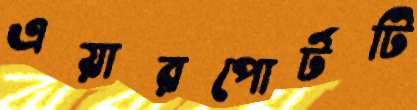
এয়ারপোর্টটি